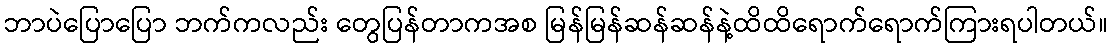
ဘာပဲပြောပြော ဘက်ကလည်း တွေပြန်တာကအစ မြန်မြန်ဆန်ဆန်နဲ့ထိထိရောက်ရောက်ကြားရပါတယ်။